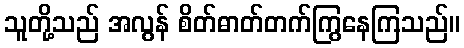
သူတို့သည် အလွန် စိတ်ဓာတ်တက်ကြွနေကြသည်။